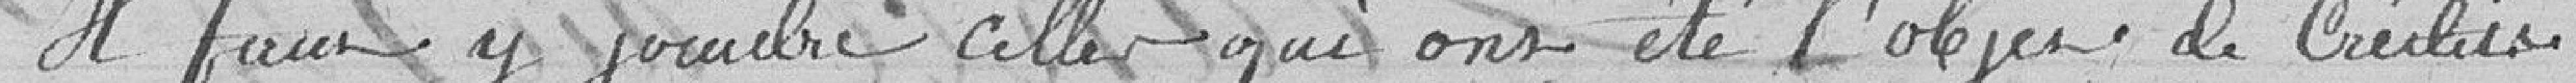
Il faut y joindre celles qui ont été l'objet de crédits